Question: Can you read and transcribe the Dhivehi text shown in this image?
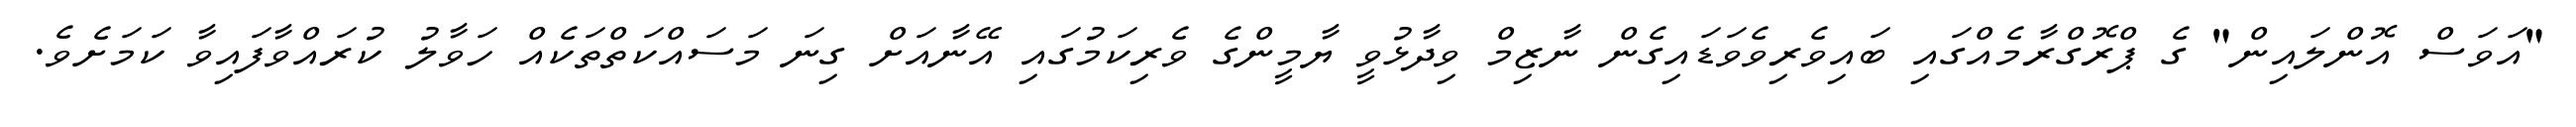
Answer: "އަވަސް އޮންލައިން" ގެ ޕްރޮގްރާމެއްގައި ބައިވެރިވެވަޑައިގެން ނާޒިމް ވިދާޅުވީ ޔާމީންގެ ވެރިކަމުގައި އޭނާއަށް ގިނަ މަސައްކަތްތަކެއް ހަވާލު ކުރައްވާފައިވާ ކަމަށެވެ.